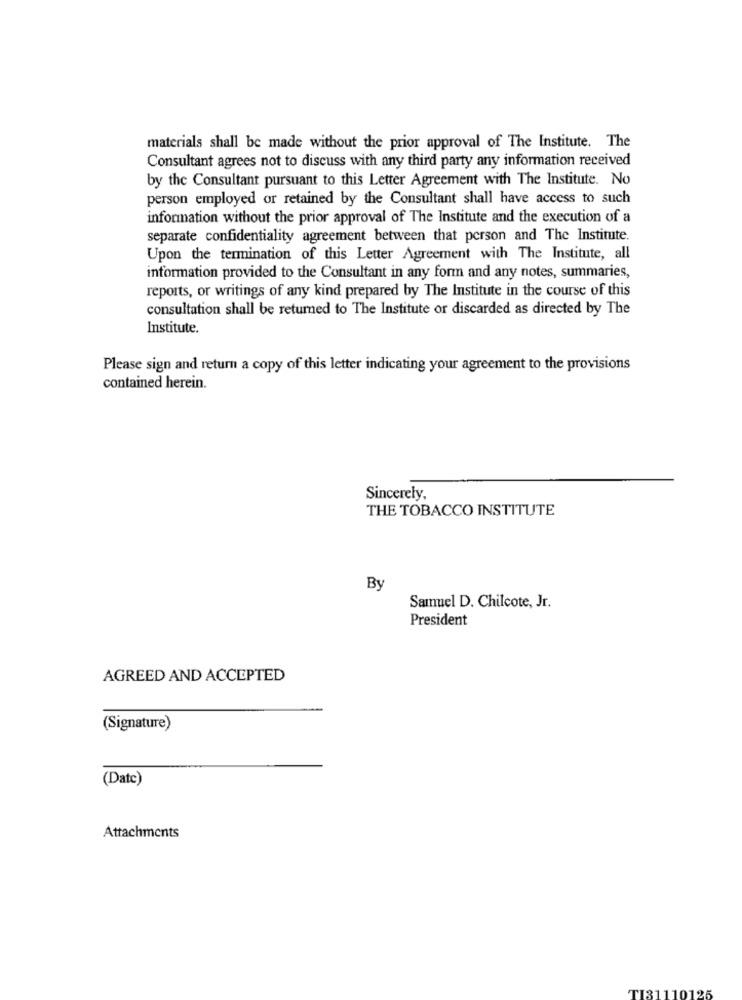
materials shall be made without the prior approval of The Institute. The
Consultant agrees not to discuss with any third party any information received
by the Consultant pursuant to this Letter Agreement with The Institute. No
person employed or retained by the Consultant shall have access to such
information without the prior approval of The Institute and the execution of a
separate confidentiality agreement between that person and The Institute.
Upon the termination of this Letter Agreement with The Institute, all
information provided to the Consultant in any form and any notes, summaries,
reports, or writings of any kind prepared by The Institute in the course of this
consultation shall be returned to The Institute or discarded as directed by The
Institute.
Please sign and return a copy of this letter indicating your agreement to the provisions
contained herein.
Sincerely,
THE TOBACCO INSTITUTE
By
Samuel D. Chilcote, Jr.
President
AGREED AND ACCEPTED
(Signature)
(Datc)
Attachments
TI31110125